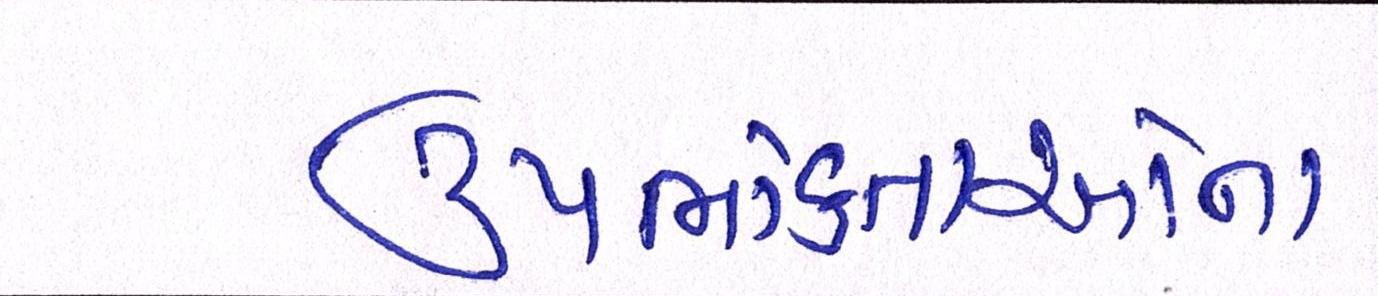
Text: ઉપભોક્તાઓના